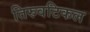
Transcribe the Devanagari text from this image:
तिरुवटिकल